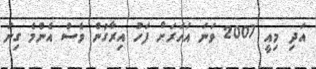
އަދި މިއީ 2007 ވަނަ އަހަރަށް ފަހު އިރާގުން ވެސް އެންމެ ގިނަ